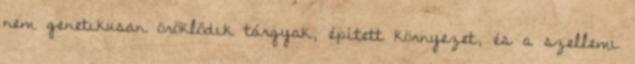
nem genetikusan öröklődik tárgyak, épített környezet, és a szellemi